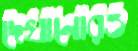
দেখানোরও